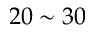
2 0 \sim 3 0